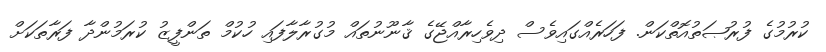
ކުރުމުގެ ފުރުޞަތުއޮތްކަން. ފަހަރެއްގައިވެސް ދިވެހިރާއްޖޭގެ ޤާނޫނުތައް މުގުރާލާފައި ހުކުމް ތަންފީޒު ކުރަމުންދާ ފަރާތަކަށް